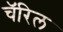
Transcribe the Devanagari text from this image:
चॅरिल